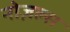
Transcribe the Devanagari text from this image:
नोज़ल्स